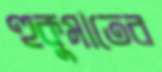
হুকুমাতের